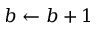
b \gets b + 1